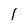
Character: 1